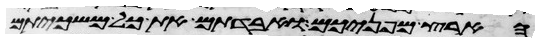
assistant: הארץ מפניכם ואבדתם את כל משכיותם